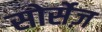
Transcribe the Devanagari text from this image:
सोर्सेज़